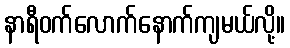
နာရီဝက်လောက်နောက်ကျမယ်လို့။